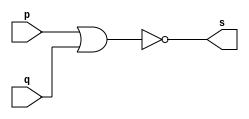
// -------------------------
// Exemplo0007 - NOR
// Nome: HERBERT ALVES BATISTA
// -------------------------
// -------------------------
// -- nor gate
// -------------------------
module norgate (output s,
input p,
input q);
assign s = (~(p|q));
endmodule // nor
// ---------------------
// -- test norgate
// ---------------------
module testnorgate;
// ------------------------- dados locais
reg a,b; // definir registrador
wire s; // definir conexao (fio)
// ------------------------- instancia
norgate NOR1 (s, a, b);
// ------------------------- preparacao
initial begin:start
a=0; b=0;
end
// ------------------------- parte principal
initial begin
$display("Exemplo0007 - Herbert Alves - 461971");
$display("Test nor gate");
$display("\n ~(a | b) = s\n");
$monitor("~(%b | %b) = %b", a, b, s);

#1 a=0; b=1;
#1 a=1; b=0;
#1 a=1; b=1;
end
endmodule // testnorgate